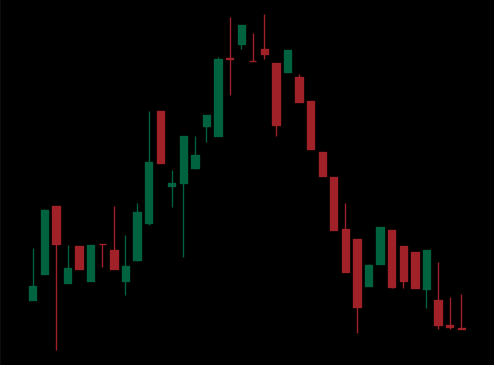
Pattern: head_shoulders